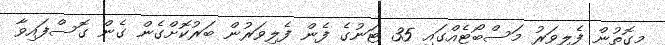
މިގޮތުން ފެލިވަރު މަސްބޯޓެއްގައި 35 ޓަނުގެ ފެން ފެލިވަރުން ބަރުކޮށްގެން ގެން ގޮސްފައިވާ